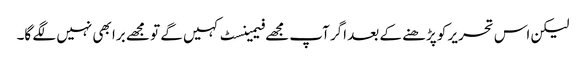
لیکن اس تحریر کو پڑھنے کے بعد اگر آپ مجھے فیمینسٹ کہیں گے تو مجھے برا بھی نہیں لگے گا۔